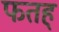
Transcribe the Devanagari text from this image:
फतह्